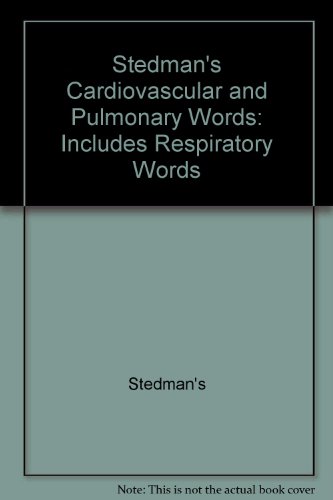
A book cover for Stedman's Cardiovascular & Pulmonary Words, Fourth Edition, on CD-ROM: Includes Respiratory Words; Stedman's; Medical Books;